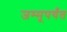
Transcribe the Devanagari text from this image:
जम्मूपर्यंत